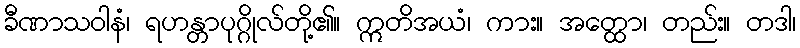
ခီဏာသဝါနံ၊ ရဟန္တာပုဂ္ဂိုလ်တို့၏။ ဣတိအယံ၊ ကား။ အတ္ထော၊ တည်း။ တဒါ၊